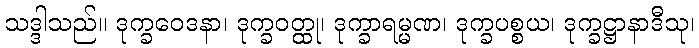
သဒ္ဒါသည်။ ဒုက္ခဝေဒနာ၊ ဒုက္ခဝတ္ထု၊ ဒုက္ခာရမ္မဏ၊ ဒုက္ခပစ္စယ၊ ဒုက္ခဋ္ဌာနာဒီသု၊